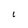
Character: l